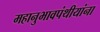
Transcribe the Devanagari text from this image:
महानुभावपंथीयांना